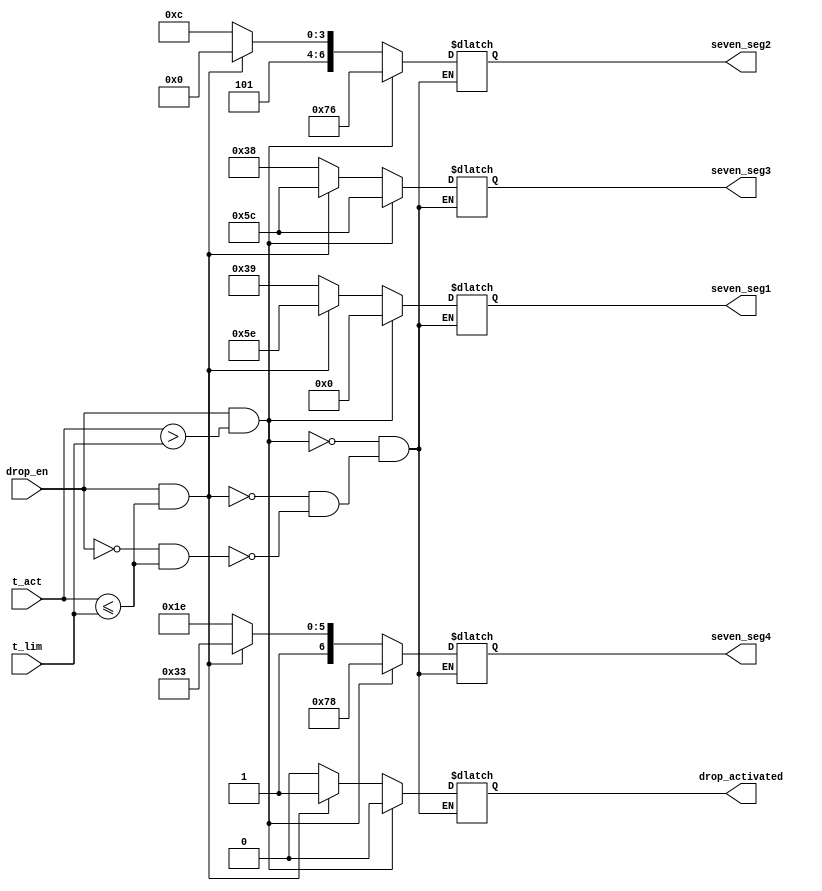
`timescale 1ns / 1ps
//////////////////////////////////////////////////////////////////////////////////
// Company: 
// Engineer: 
// 
// Design Name: 
// Module Name:    display_and_drop 
// Project Name: 
// Target Devices: 
// Tool versions: 
// Description: 
//
// Dependencies: 
//
// Revision: 
// Revision 0.01 - File Created
// Additional Comments: 
//
//////////////////////////////////////////////////////////////////////////////////
module display_and_drop(
    output   [6 : 0]   seven_seg1, 
    output   [6 : 0]   seven_seg2,
    output   [6 : 0]   seven_seg3,
    output   [6 : 0]   seven_seg4,
    output   [0 : 0]   drop_activated,
    input    [15: 0]   t_act,
    input    [15: 0]   t_lim,
    input              drop_en);
	 
	 
	 reg [6:0] seven_seg_reg1;
	 reg [6:0] seven_seg_reg2;
	 reg [6:0] seven_seg_reg3;
	 reg [6:0] seven_seg_reg4;
	 reg [2:0] num;
	 reg drop;
	 
	 always @(*) begin 
			if ( drop_en == 0 && (t_act <= t_lim)) begin
				drop = 0; // conditia de COLD
				seven_seg_reg1 = 7'b011_1001;
				seven_seg_reg2 = 7'b101_1100;
				seven_seg_reg3 = 7'b011_1000;
				seven_seg_reg4 = 7'b101_1110;
			end
			if ( drop_en == 1 && (t_act <= t_lim)) begin
				drop = 1; // conditia de DROP
				seven_seg_reg1 = 7'b101_1110;
				seven_seg_reg2 = 7'b101_0000;
				seven_seg_reg3 = 7'b101_1100;
				seven_seg_reg4 = 7'b111_0011;
			end
			if ( drop_en == 1 && (t_act > t_lim)) begin
				drop = 0; // conditia de _HOT
				seven_seg_reg1 = 7'b000_0000;
				seven_seg_reg2 = 7'b111_0110;
				seven_seg_reg3 = 7'b101_1100;
				seven_seg_reg4 = 7'b111_1000;
			end
	 end
	 
	 assign drop_activated = drop;
	 assign seven_seg1 = seven_seg_reg1;
	 assign seven_seg2 = seven_seg_reg2;
	 assign seven_seg3 = seven_seg_reg3;
	 assign seven_seg4 = seven_seg_reg4;
endmodule